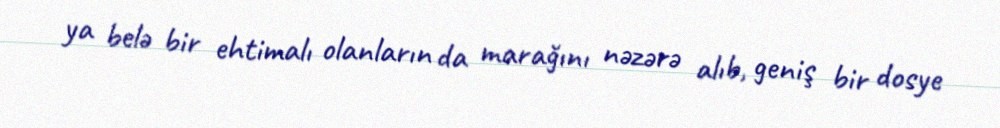
ya belə bir ehtimalı olanların da marağını nəzərə alıb, geniş bir dosye